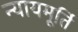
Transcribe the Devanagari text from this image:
न्‍यायमूर्ति